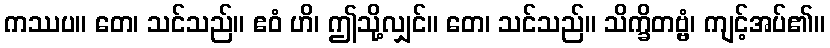
ကဿပ။ တေ၊ သင်သည်။ ဧဝံ ဟိ၊ ဤသို့လျှင်။ တေ၊ သင်သည်။ သိက္ခိတဗ္ဗံ၊ ကျင့်အပ်၏။